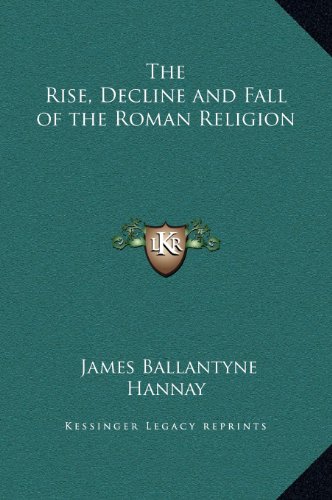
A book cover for The Rise, Decline and Fall of the Roman Religion; James Ballantyne Hannay; Literature & Fiction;